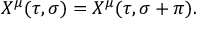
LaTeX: X ^ { \mu } ( \tau , \sigma ) = X ^ { \mu } ( \tau , \sigma + \pi ) .